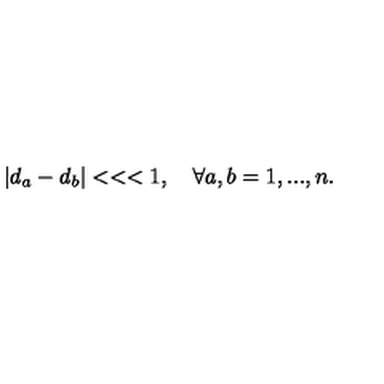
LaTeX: \left| d _ { a } - d _ { b } \right| < < < 1 , \quad \forall a , b = 1 , . . . , n .